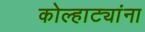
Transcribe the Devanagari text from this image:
कोल्हाट्यांना